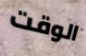
الوقت